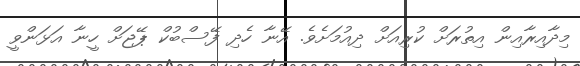
މިދާއިރާއިން އިތުރަށް ކުރިއަށް ދިއުމަށެވެ. އޭނާ ހެދި ފޭސްބުކް ޕޭޖަށް ހީނާ އަޅަންވީ